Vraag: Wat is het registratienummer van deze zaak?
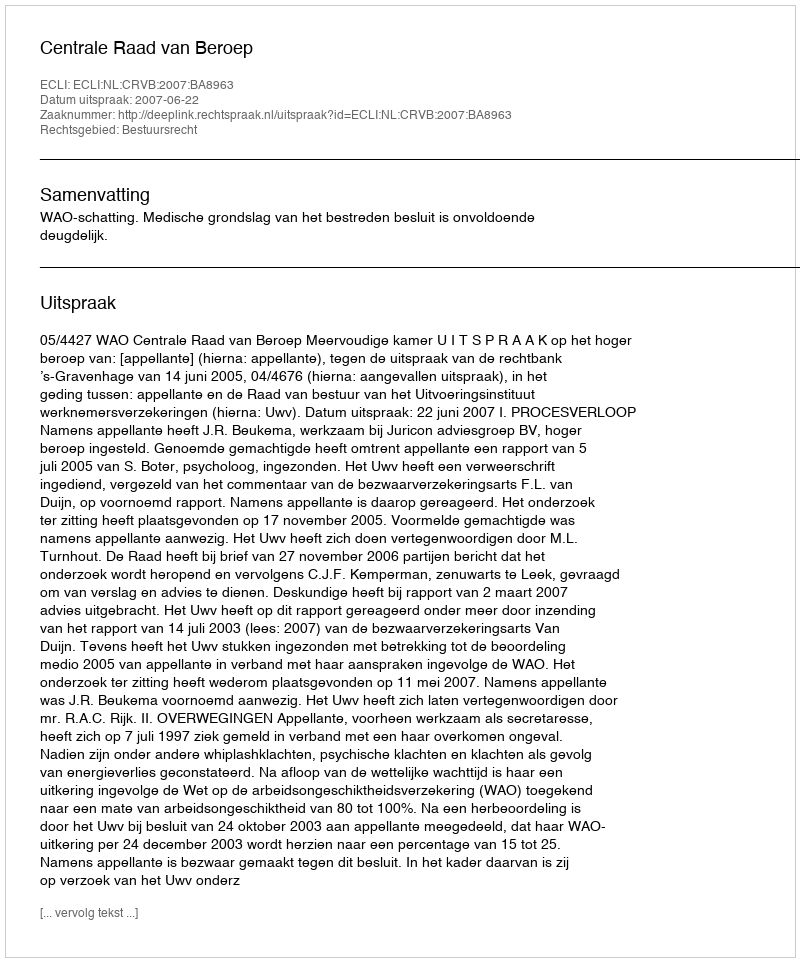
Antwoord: http://deeplink.rechtspraak.nl/uitspraak?id=ECLI:NL:CRVB:2007:BA8963